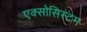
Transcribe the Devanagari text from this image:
एक्सोसिस्टम